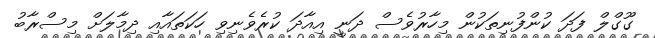
ގޫގްލް ފަދަ ކުންފުނިތަކުން މިހާރުވެސް ދަނީ އިއާދަ ކުރެވެނިވި ހަކަތައާއި ދިމާލަށް މިސްރާބު